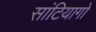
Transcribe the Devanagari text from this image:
सांटियागो